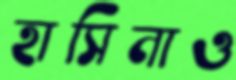
হাসিনাও